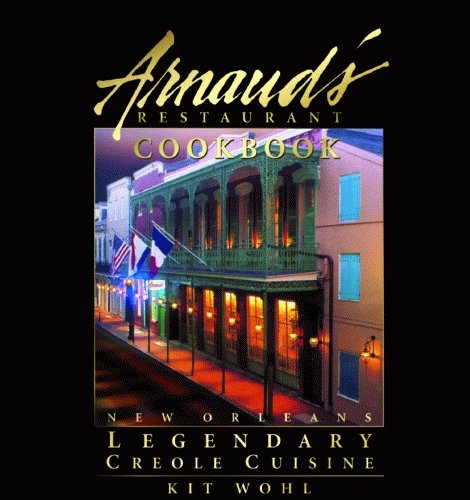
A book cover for Arnaud's Restaurant Cookbook: New Orleans Legendary Creole Cuisine; Kit Wohl; Cookbooks, Food & Wine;